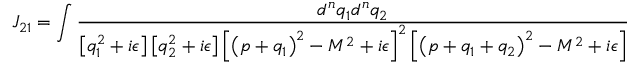
J _ { 2 1 } = \int { \frac { d ^ { n } q _ { 1 } d ^ { n } q _ { 2 } } { \left[ q _ { 1 } ^ { 2 } + i \epsilon \right] \left[ q _ { 2 } ^ { 2 } + i \epsilon \right] \left[ \left( p + q _ { 1 } \right) ^ { 2 } - M ^ { 2 } + i \epsilon \right] ^ { 2 } \left[ \left( p + q _ { 1 } + q _ { 2 } \right) ^ { 2 } - M ^ { 2 } + i \epsilon \right] } }